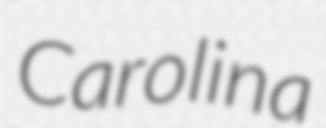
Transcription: Carolina